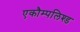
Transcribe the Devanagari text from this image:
एकौम्पलिश्ड